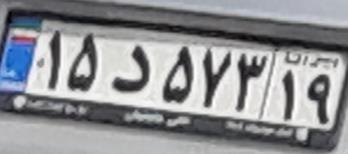
۱۵د۵۷۳۱۹